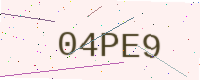
Text: 04PE9